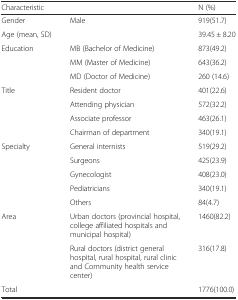
| <COLSPAN=2> Characteristic | N (%) |
 | --- | --- | --- |
 | Gender | Male | 919(51.7) |
 | Age (mean, SD) |  | 39.45 ± 8.20 |
 | Education | MB (Bachelor of Medicine) | 873(49.2) |
 |  | MM (Master of Medicine) | 643(36.2) |
 |  | MD (Doctor of Medicine) | 260 (14.6) |
 | Title | Resident doctor | 401(22.6) |
 |  | Attending physician | 572(32.2) |
 |  | Associate professor | 463(26.1) |
 |  | Chairman of department | 340(19.1) |
 | Specialty | General internists | 519(29.2) |
 |  | Surgeons | 425(23.9) |
 |  | Gynecologist | 408(23.0) |
 |  | Pediatricians | 340(19.1) |
 |  | Others | 84(4.7) |
 | Area | Urban doctors (provincial hospital, college affiliated hospitals and municipal hospital) | 1460(82.2) |
 |  | Rural doctors (district general hospital, rural hospital, rural clinic and Community health service center) | 316(17.8) |
 | Total |  | 1776(100.0) |